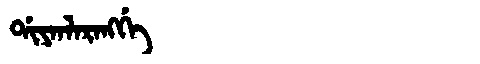
Manchu: ᡩᡳᠶᠠᠨᠯᠠᡵᠠᠩᡤᡝ
Romanization: DIYANLARANGGE